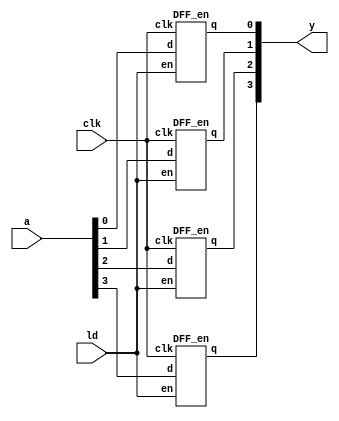

/***************************************************
  4 bit Register with parallel load
****************************************************/
module Register_4bit(clk, ld, a, y);
	input clk,ld;
	input [3:0] a;
	output [3:0] y;
	
	DFF_en d1(.clk(clk),.en(ld),.d(a[0]),.q(y[0]));
	DFF_en d2(.clk(clk),.en(ld),.d(a[1]),.q(y[1]));
	DFF_en d3(.clk(clk),.en(ld),.d(a[2]),.q(y[2]));
	DFF_en d4(.clk(clk),.en(ld),.d(a[3]),.q(y[3]));
	
endmodule

/*
	D Flip flip with synchronous enable
*/
module DFF_en(clk,en,d,q);
	input clk, en;
	input d;
	output reg q;

	initial begin q=0; end
	always@(posedge clk)
	begin
		if(en)
			q <= d;
		else
			q <= q;		
	end
endmodule